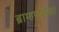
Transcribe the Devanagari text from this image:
ब्राम्हणापेक्षा